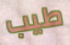
طيب